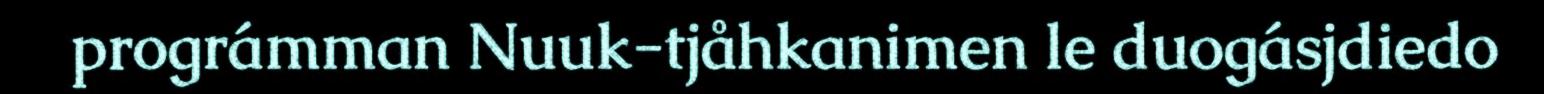
prográmman Nuuk-tjåhkanimen le duogásjdiedo